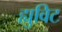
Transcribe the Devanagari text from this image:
ह्युविट